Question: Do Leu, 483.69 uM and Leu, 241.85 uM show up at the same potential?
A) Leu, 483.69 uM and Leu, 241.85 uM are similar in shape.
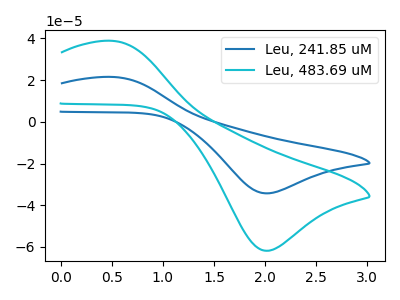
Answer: <think>The blue curve "Leu, 241.85 uM" has an anodic peak at (0.50V, 21.55uA) and a cathodic peak at (2.00V, -34.25uA). The cyan curve "Leu, 483.69 uM" has an anodic peak at (0.50V, 38.85uA) and a cathodic peak at (2.00V, -61.80uA).
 All the peaks in "Leu, 483.69 uM" have a peak in "Leu, 241.85 uM" at the same potential. Every peak in "Leu, 483.69 uM" is higher than every peak in "Leu, 241.85 uM".</think>
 <answer>A) "Leu, 483.69 uM" and "Leu, 241.85 uM" are similar in shape.</answer>
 <eval>A</eval>